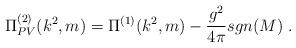
LaTeX: \begin{align*}\Pi^{(2)}_{PV}(k^2,m)=\Pi^{(1)}(k^2,m)-\frac{g^2}{4\pi} sgn(M)\ .\end{align*}